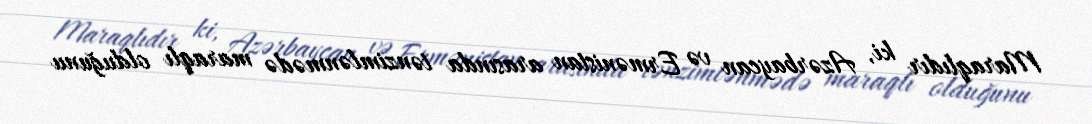
Maraqlıdır ki, Azərbaycan və Ermənistan arasında tənzimlənmədə maraqlı olduğunu